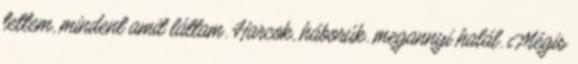
tettem, mindent amit láttam. Harcok, háborúk. megannyi halál. Mégis